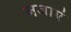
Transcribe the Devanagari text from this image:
लजाएं